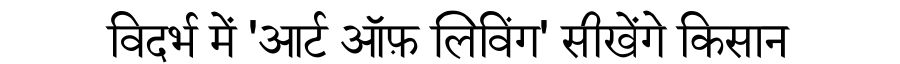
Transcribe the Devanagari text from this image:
विदर्भ में 'आर्ट ऑफ़ लिविंग' सीखेंगे किसान